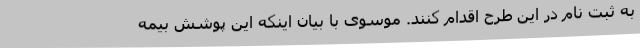
به ثبت نام در این طرح اقدام کنند. موسوی با بیان اینکه این پوشش بیمه